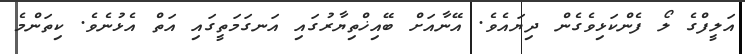
އަލީފްގެ ލޯ ފެންކަޅިވެގެން ދިޔައެވެ. އޭނާއަށް ބޭއިޚްތިޔާރުގައި އަނގަމަތީގައި އަތް އެޅުނެވެ. ކިތަންމެ